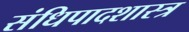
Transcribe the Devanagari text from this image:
संधिपादशास्त्र